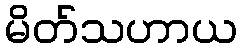
မိတ်သဟာယ